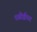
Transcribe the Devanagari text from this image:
रसोईधर